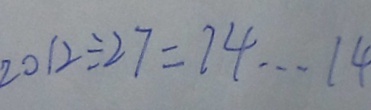
2 0 1 2 \div 2 7 = 1 4 \cdots 1 4